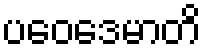
ပဝေဒေမာတိ